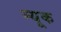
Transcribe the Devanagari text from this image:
म्यूक